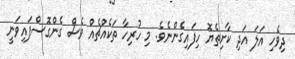
ދިވެހި އަލަ އަދި ކާށިތެޔޮ ހިފައިގެންނެވެ. މި ހުރިހާ ތަކެއްޗެއް ވެސް ގެންގޮސްފައިވަނީ